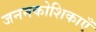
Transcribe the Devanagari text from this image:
जननकोशिकाएँ